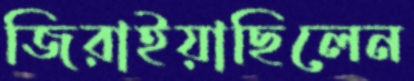
জিরাইয়াছিলেন